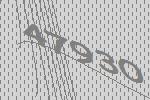
47930